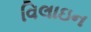
વિલાઇન